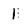
Character: 1